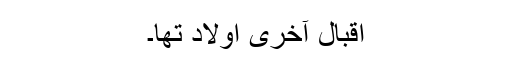
اقبال آخری اولاد تھا۔